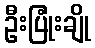
ဦးပြုံးချို